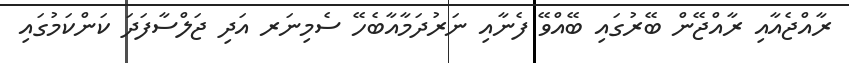
ރާއްޖެއާއި ރާއްޖޭން ބޭރުގައި ބޭއްވޭ ފެނާއި ނަރުދަމާއާބެހޭ ސެމިނަރ އަދި ޖަލްސާފަދަ ކަންކަމުގައި